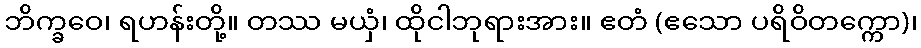
ဘိက္ခဝေ၊ ရဟန်းတို့။ တဿ မယှံ၊ ထိုငါဘုရားအား။ ဧတံ (ဧသော ပရိဝိတက္ကော)၊